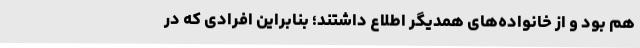
هم بود و از خانواده‌های همدیگر اطلاع داشتند؛ بنابراین افرادی که در